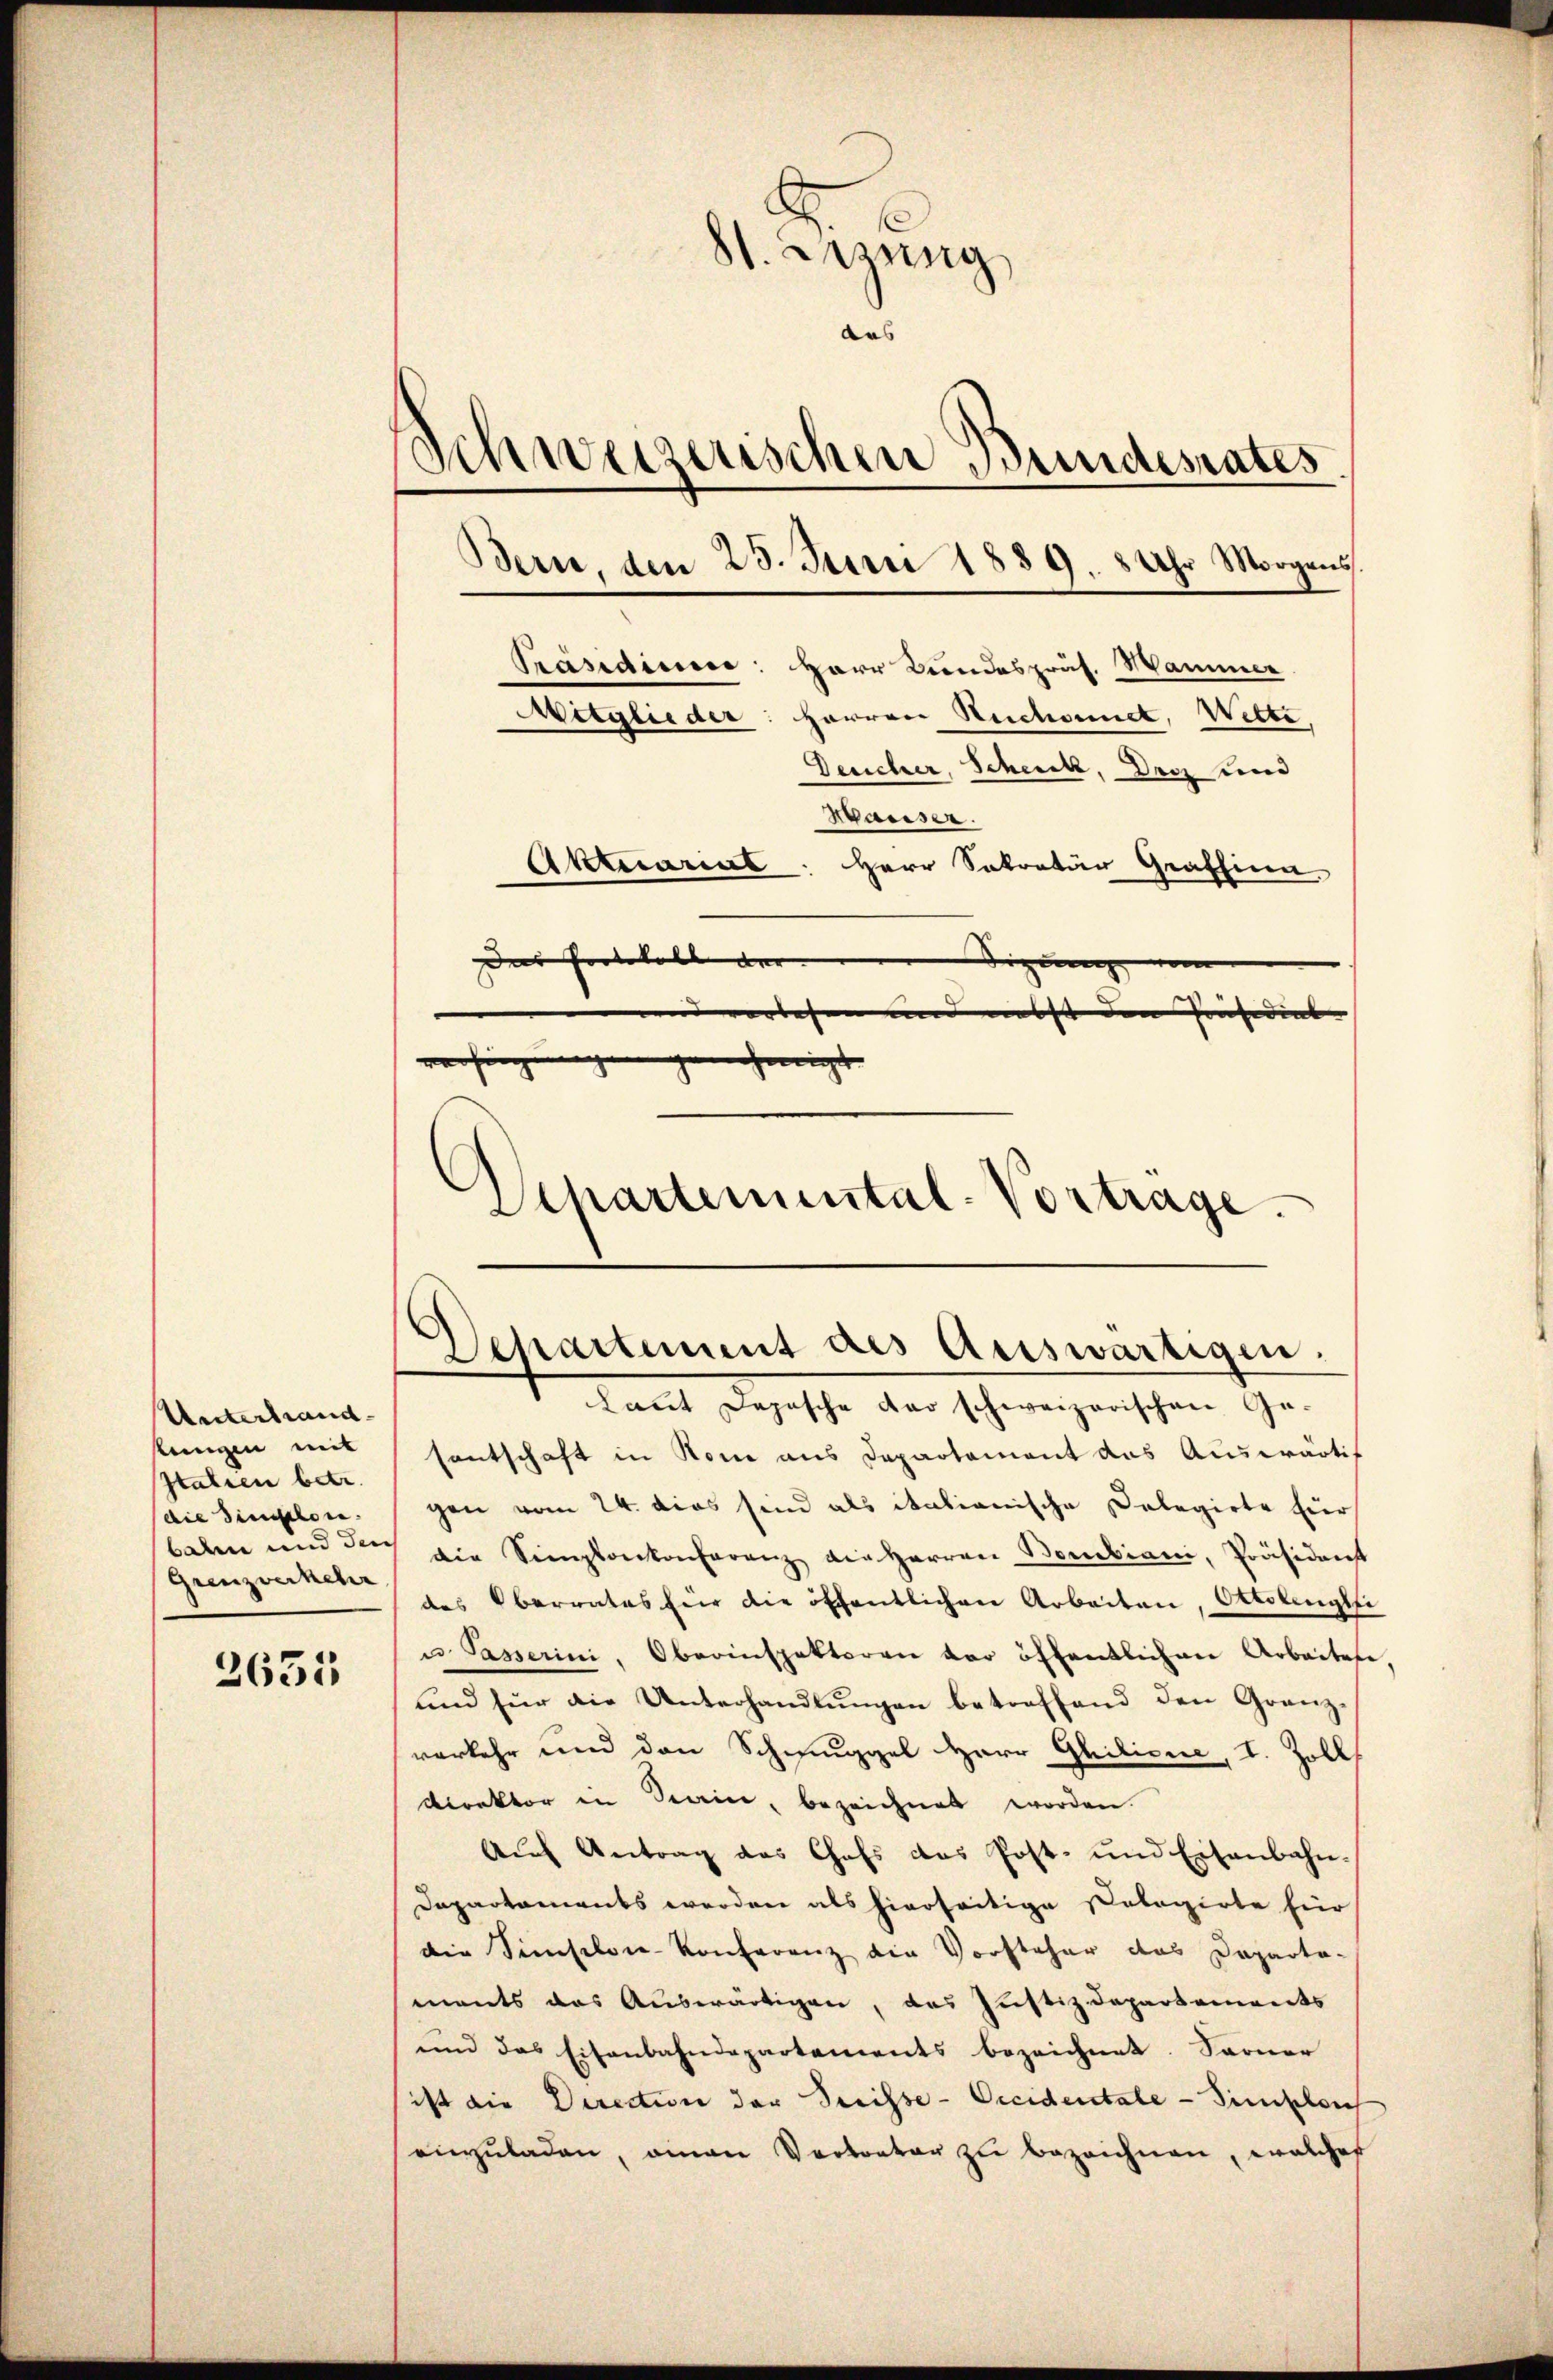
Unterhand
stungen mit
Italien betr.
die Dimischen.
baren und der
Grenzverkehr

3635

81. Jung
das
Schweizerischen Bundesrates

Bern, den 23. Juni 1889. 8 Uhr Morgens

Departemental-Vortrage.

Präsidiere: Herr Bundespräs. Wammer
Mitglieder: Herren Rechnet, Witte,
Deucher, Schenk, Dec und
Bausser.
Aktuariat: Herr Sekretär Graffina
der Protokoll der |
Sizung vom
uverlesen und nebst den Präsidial- |
verhin |
genehmigt
z

Departement des Auswärtigen.

Laut Depesche der schweizerischen Ge-
santschaft in Rom aus Departement das Auswärtig
gen vom 24. dies sind als italianische Delegirte für
die Semplonkonferenz die Herren Benkiani, Präsidenst
des Oberrates für die öffentlichen Arbeiten, Ottolengli
u. Passerini, Oberinspektoren der öffentlichen Arbeiten,
und für die Unterhandlŭngen betreffend den Granz-
verkehr und den Schmuggel Herr Guiliene, I. Zoll
Direktor in Staine, bezeichnet worden.
Aŭf Antrag des Chefs das Post- und Eisenbahn-
Dapartements werden als hierseitige Pologirte für
die Simselon-Konferenz die Vorsteher das Departa-
ments das Auswärtigen, das Justizdepartements
und das Eisenbahndepartements bezeichnet. Sarner
ist die Direction der Serisse-Occidentale - Simplen
einzŭladen, man Vertreter zu bezeichnen, welches